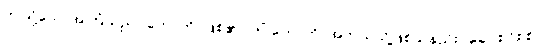
ဤသို့သောအကြံသည်။ ဟောတိ၊ ဖြစ်၏။ ကိံ ဟောတိ၊ အဘယ်သို့ဖြစ်သနည်း။ ခေါ၊ စင်စစ်။